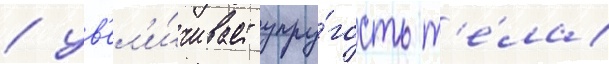
/ ув'ел'и́чивает упру́гость т'е́ла